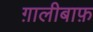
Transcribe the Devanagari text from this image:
ग़ालीबाफ़